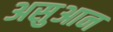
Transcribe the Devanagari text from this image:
असुआन